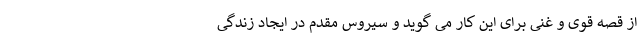
از قصه قوی و غنی برای این کار می گوید و سیروس مقدم در ایجاد زندگی